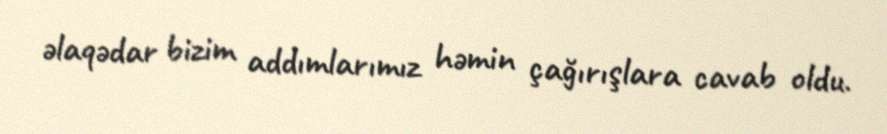
əlaqədar bizim addımlarımız həmin çağırışlara cavab oldu.